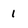
Character: 1